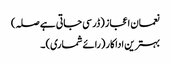
نعمان اعجاز (ڈر سی جاتی ہے صلہ)
بہترین اداکار (رائے شماری) ۔